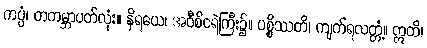
ကပ္ပံ၊ တကမ္ဘာပတ်လုံး။ နိရယေ၊ အဝီစိငရဲကြီး၌။ ပစ္စိဿတိ၊ ကျက်ရလတ္တံ့။ ဣတိ၊